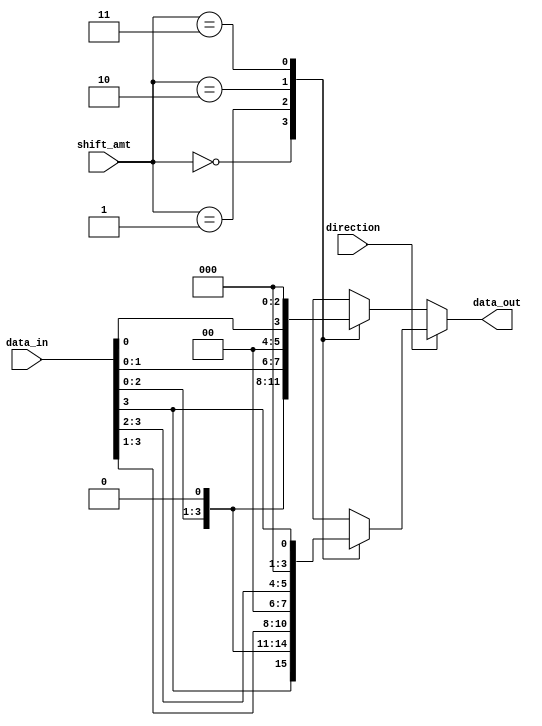
`timescale 1ns / 1ps
//////////////////////////////////////////////////////////////////////////////////
// Company: 
// Engineer: 
// 
// Design Name: 
// Module Name: Barrelshifter
// Project Name: 
// Target Devices: 
// Tool Versions: 
// Description: 
// 
// Dependencies: 
// 
// Revision:
// Revision 0.01 - File Created
// Additional Comments:
// 
//////////////////////////////////////////////////////////////////////////////////


module barrel_shifter (
    input [3:0] data_in,
    input [1:0] shift_amt,
    input direction,   
    output reg [3:0] data_out
);

always @(*) begin
    if (direction == 1'b0) begin
        case (shift_amt)
            2'b00: data_out = data_in;
            2'b01: data_out = {data_in[2:0], 1'b0};
            2'b10: data_out = {data_in[1:0], 2'b00};
            2'b11: data_out = {data_in[0], 3'b000};
            default: data_out = data_in;
        endcase
    end else begin
        // Right shift
        case (shift_amt)
            2'b00: data_out = data_in;
            2'b01: data_out = {1'b0, data_in[3:1]};
            2'b10: data_out = {2'b00, data_in[3:2]};
            2'b11: data_out = {3'b000, data_in[3]};
            default: data_out = data_in;
        endcase
    end
end

endmodule